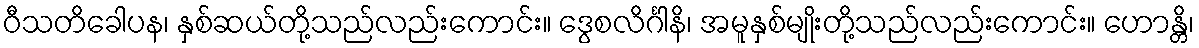
ဝီသတိခေါပန၊ နှစ်ဆယ်တို့သည်လည်းကောင်း။ ဒွေစလိင်္ဂါနိ၊ အမူနှစ်မျိုးတို့သည်လည်းကောင်း။ ဟောန္တိ၊